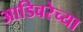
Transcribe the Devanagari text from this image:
आडिवरेच्या